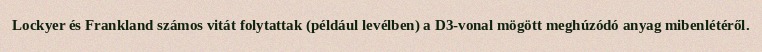
Lockyer és Frankland számos vitát folytattak (például levélben) a D3-vonal mögött meghúzódó anyag mibenlétéről.